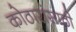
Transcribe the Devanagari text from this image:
कोठारांसाठी